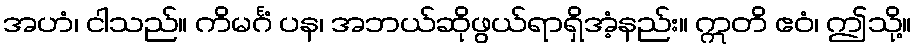
အဟံ၊ ငါသည်။ ကိမင်္ဂံ ပန၊ အဘယ်ဆိုဖွယ်ရာရှိအံ့နည်း။ ဣတိ ဧဝံ၊ ဤသို့။